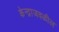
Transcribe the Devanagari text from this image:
केन्द्राजवळील